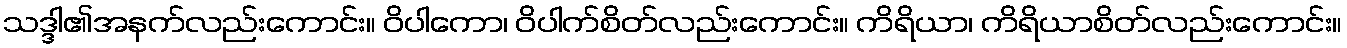
သဒ္ဒါ၏အနက်လည်းကောင်း။ ဝိပါကော၊ ဝိပါက်စိတ်လည်းကောင်း။ ကိရိယာ၊ ကိရိယာစိတ်လည်းကောင်း။